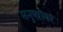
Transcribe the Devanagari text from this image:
मनुष्योंपर